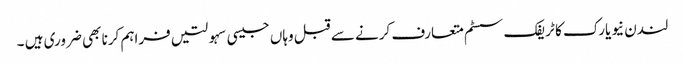
لندن نیویارک کا ٹریفک سسٹم متعارف کرنے سے قبل وہاں جیسی سہولتیں فراہم کرنا بھی ضروری ہیں ۔